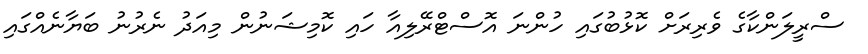
ސްރީލަންކާގެ ވެރިރަށް ކޮޅުބުގައި ހުންނަ އޮސްޓްރޭލިއާ ހައި ކޮމިޝަނުން މިއަދު ނެރުނު ބަޔާނެއްގައި